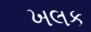
ખલક